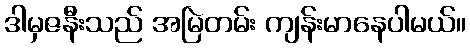
ဒါမှဇနီးသည် အမြဲတမ်း ကျန်းမာနေပါမယ်။